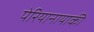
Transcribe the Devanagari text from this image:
पेरियानायाकी